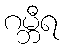
ဂမ္ဘီရ